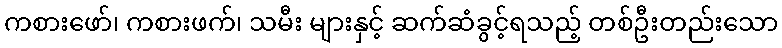
ကစားဖော်၊ ကစားဖက်၊ သမီး များနှင့် ဆက်ဆံခွင့်ရသည့် တစ်ဦးတည်းသော